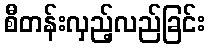
စီတန်းလှည့်လည်ခြင်း